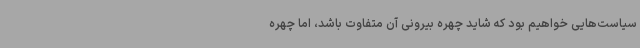
سیاست‌هایی خواهیم بود که شاید چهره بیرونی آن متفاوت باشد، اما چهره